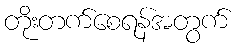
တိုးတက်စေရန်အတွက်